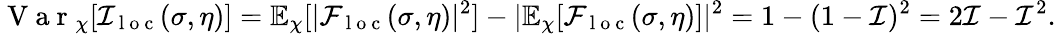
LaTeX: \mathrm{~V~a~r~}_{\chi}[\mathcal{I}_{\mathrm{~l~o~c~}}(\sigma,\eta)]=\mathbb{E}_{\chi}[|\mathcal{F}_{\mathrm{~l~o~c~}}(\sigma,\eta)|^{2}]-|\mathbb{E}_{\chi}[\mathcal{F}_{\mathrm{~l~o~c~}}(\sigma,\eta)]|^{2}=1-(1-\mathcal{I})^{2}=2\mathcal{I}-\mathcal{I}^{2}.